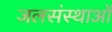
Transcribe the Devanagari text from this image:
जलसंस्थाओं